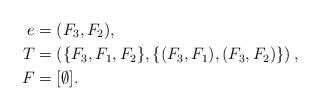
LaTeX: \begin{align*} e&=(F_3,F_2),\\ T&=\left(\{F_3,F_1,F_2\},\{(F_3,F_1),(F_3,F_2)\}\right),\\ F&= [\emptyset].\end{align*}